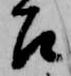
召